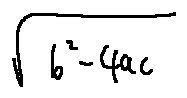
\sqrt { b ^ { 2 } - 4 a c }